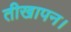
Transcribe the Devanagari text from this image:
तीखापन।